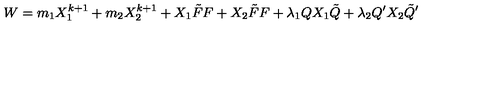
W = m _ { 1 } X _ { 1 } ^ { k + 1 } + m _ { 2 } X _ { 2 } ^ { k + 1 } + X _ { 1 } \tilde { F } F + X _ { 2 } \tilde { F } F + \lambda _ { 1 } Q X _ { 1 } \tilde { Q } + \lambda _ { 2 } Q ^ { \prime } X _ { 2 } \tilde { Q } ^ { \prime }